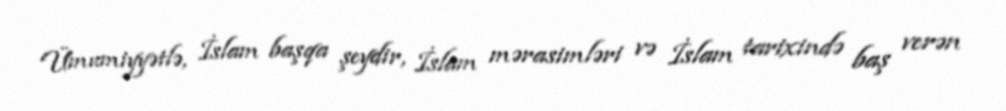
Ümumiyyətlə, İslam başqa şeydir, İslam mərasimləri və İslam tarixində baş verən